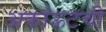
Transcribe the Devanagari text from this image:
अकांऊटची